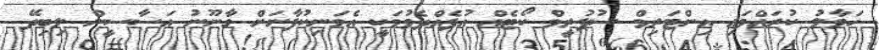
ހަވާލު ކުރައްވައި އިންޓަރިމް ސުޕުރީމް ކޯޓެއް އުފެއްދެވުމަކީ އެމަނިކުފާނަށް ގާނޫނު އަސާސީން ލިބިދޭ